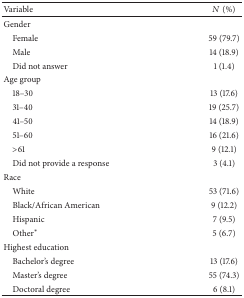
| Variable | N (%) |
 | --- | --- |
 | Gender |  |
 | Female | 59 (79.7) |
 | Male | 14 (18.9) |
 | Did not answer | 1 (1.4) |
 | Age group |  |
 | 18–30 | 13 (17.6) |
 | 31–40 | 19 (25.7) |
 | 41–50 | 14 (18.9) |
 | 51–60 | 16 (21.6) |
 | >61 | 9 (12.1) |
 | Did not provide a response | 3 (4.1) |
 | Race |  |
 | White | 53 (71.6) |
 | Black/African American | 9 (12.2) |
 | Hispanic | 7 (9.5) |
 | Other∗ | 5 (6.7) |
 | Highest education |  |
 | Bachelor's degree | 13 (17.6) |
 | Master's degree | 55 (74.3) |
 | Doctoral degree | 6 (8.1) |